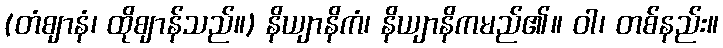
(တံဈာနံ၊ ထိုဈာန်သည်။) နိယျာနိကံ၊ နိယျာနိကမည်၏။ ဝါ၊ တစ်နည်း။